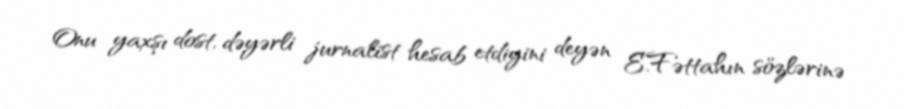
Onu yaxşı dost, dəyərli jurnalist hesab etdiyini deyən E.Fəttahın sözlərinə